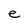
Character: e